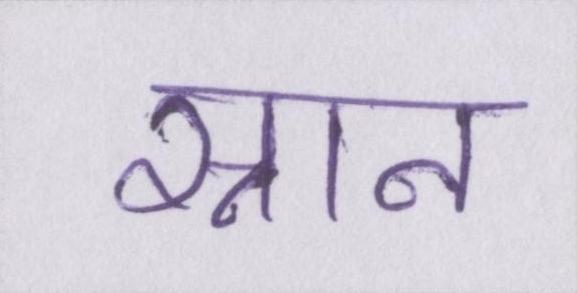
स्नान